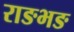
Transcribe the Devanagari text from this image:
राङभङ